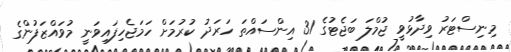
މިނިސްޓަރު ވިދާޅުވީ ޖުމްލަ ބަޖެޓުގެ 31 އިންސައްތަ ހަރަދު ކުރުމަށް ހަމަޖެހިފައިވަނީ މުވައްޒަފުންގެ